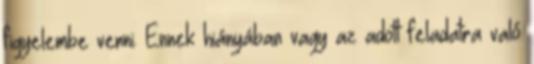
figyelembe venni. Ennek hiányában vagy az adott feladatra való